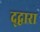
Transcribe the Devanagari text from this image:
द्द्वारा